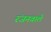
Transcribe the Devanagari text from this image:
रंजनवाले